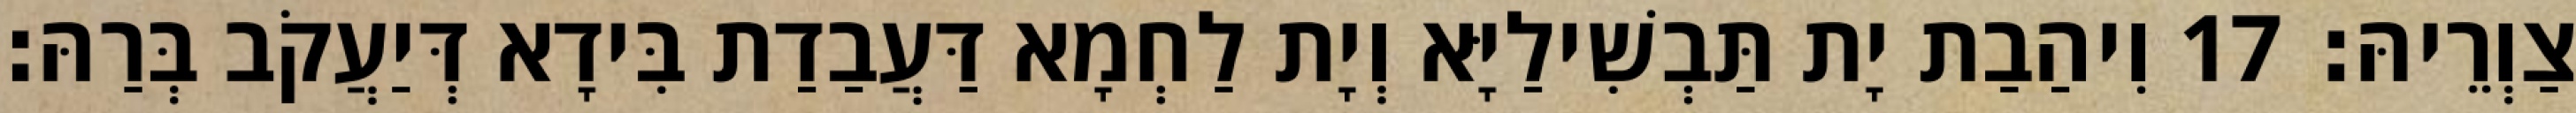
צַוְרֵיהּ׃ 17 וִיהַבַת יָת תַּבְשִׁילַיָּא וְיָת לַחְמָא דַּעֲבַדַת בִּידָא דְּיַעֲקֹב בְּרַהּ׃